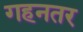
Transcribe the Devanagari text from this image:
गहनतर